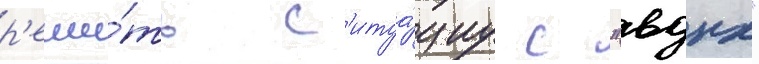
р'еши́ть с'итуа́циу с "вднх"